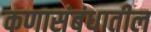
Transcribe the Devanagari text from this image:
कणासंबंधातील